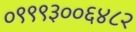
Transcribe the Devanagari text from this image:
०९९९३००६४८२